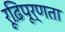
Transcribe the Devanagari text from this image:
रूढ़िपूर्णता